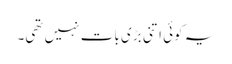
یہ کوئی اتنی بڑی بات نہیں تھی۔